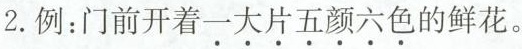
2.例：门前开着\underset{·}{一}\underset{·}{大}\underset{·}{片}\underset{·}{五}\underset{·}{颜}\underset{·}{六}\underset{·}{色}的鲜花。